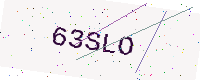
Text: 63SLO